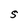
Character: S